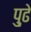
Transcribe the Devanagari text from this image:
पु्ढे